Lunatic asylums Bombay report 1891-1903 - 1891-1903
Year: 1891
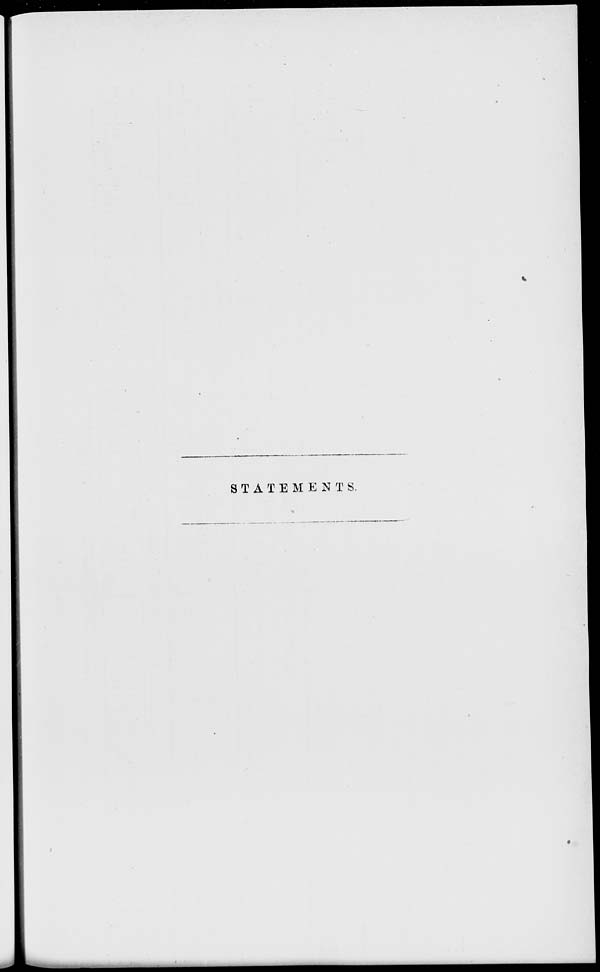
STATEMENTS.